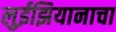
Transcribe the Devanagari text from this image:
लुईझियानाचा